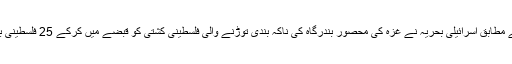
غیر ملکی میڈیا رپورٹس کے مطابق اسرائیلی بحریہ نے غزہ کی محصور بندرگاہ کی ناکہ بندی توڑنے والی فلسطینی کشتی کو قبضے میں کرکے 25 فلسطینی باشندوں کو گرفتار کرلیا ہے۔